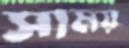
সাময়